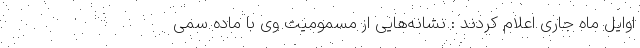
اوایل ماه جاری اعلام کردند : نشانه‌هایی از مسمومیت وی با ماده سمی